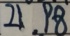
2 1 . 9 8